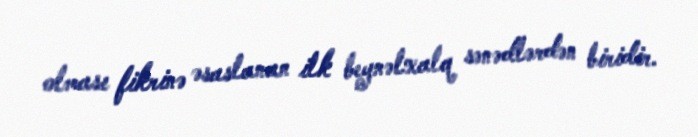
olması fikrinə əsaslanan ilk beynəlxalq sənədlərdən biridir.